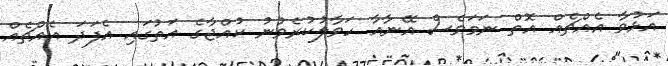
އަޅުވާ އެއްޗެއް އޮތް ނަމަވެސް އޭނާއާ ހަވާލުކުރެވުނު ކުއްޖާގެ އަތުގައި އެފަދަ އެއްޗެއް